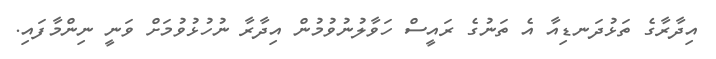
އިދާރާގެ ތަޅުދަނޑިއާ އެ ތަނުގެ ރައީސް ހަވާލުނުވުމުން އިދާރާ ނުހުޅުވުމަށް ވަނީ ނިންމާފައި.